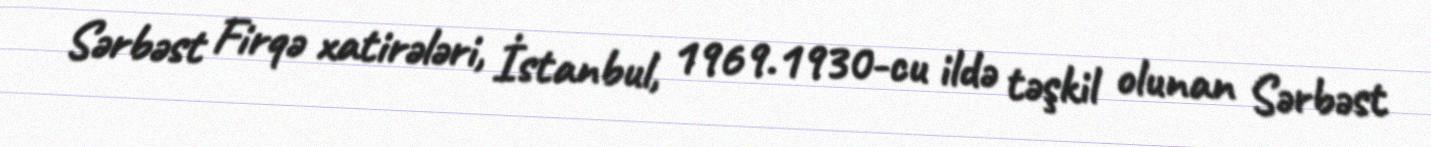
Sərbəst Firqə xatirələri, İstanbul, 1969.1930-cu ildə təşkil olunan Sərbəst